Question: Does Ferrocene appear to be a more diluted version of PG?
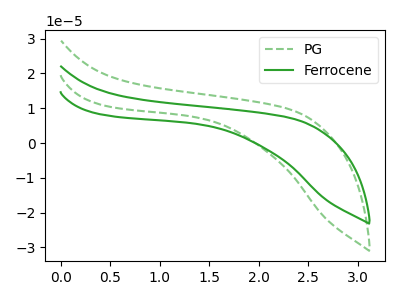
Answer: <think>The green dashed curve "PG" has no peaks. The green curve "Ferrocene" has no peaks.
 Neither "Ferrocene" or "PG" have any peaks.</think>
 <answer>I cant tell if "Ferrocene" or "PG" has higher concentration.</answer>
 <eval>mixed_concentration</eval>